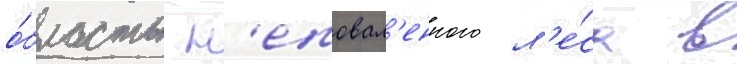
о́бласть н'еповал'енного л'е́са в